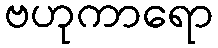
ဗဟုကာရော